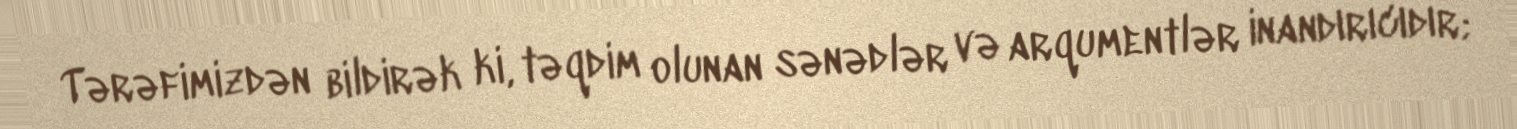
Tərəfimizdən bildirək ki, təqdim olunan sənədlər və arqumentlər inandırıcıdır;